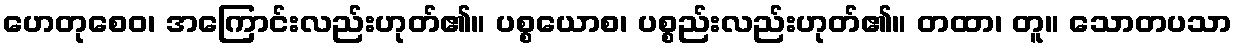
ဟေတုစေဝ၊ အကြောင်းလည်းဟုတ်၏။ ပစ္စယောစ၊ ပစ္စည်းလည်းဟုတ်၏။ တထာ၊ တူ။ သောတပသာ